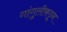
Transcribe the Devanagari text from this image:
गांगुलीकडून